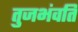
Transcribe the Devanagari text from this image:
तुजभंवति